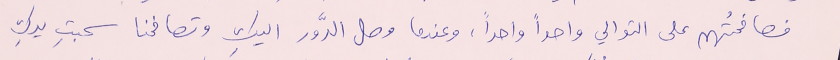
فصافحتُهم على التوالي واحداً واحداً، وعندما وصل الدَّور اليكِ وتصافحنا سحبتِ يدكِ